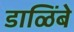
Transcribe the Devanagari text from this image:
डाळिंबे